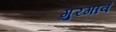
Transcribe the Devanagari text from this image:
गुरगावं